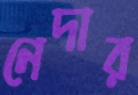
নেদার